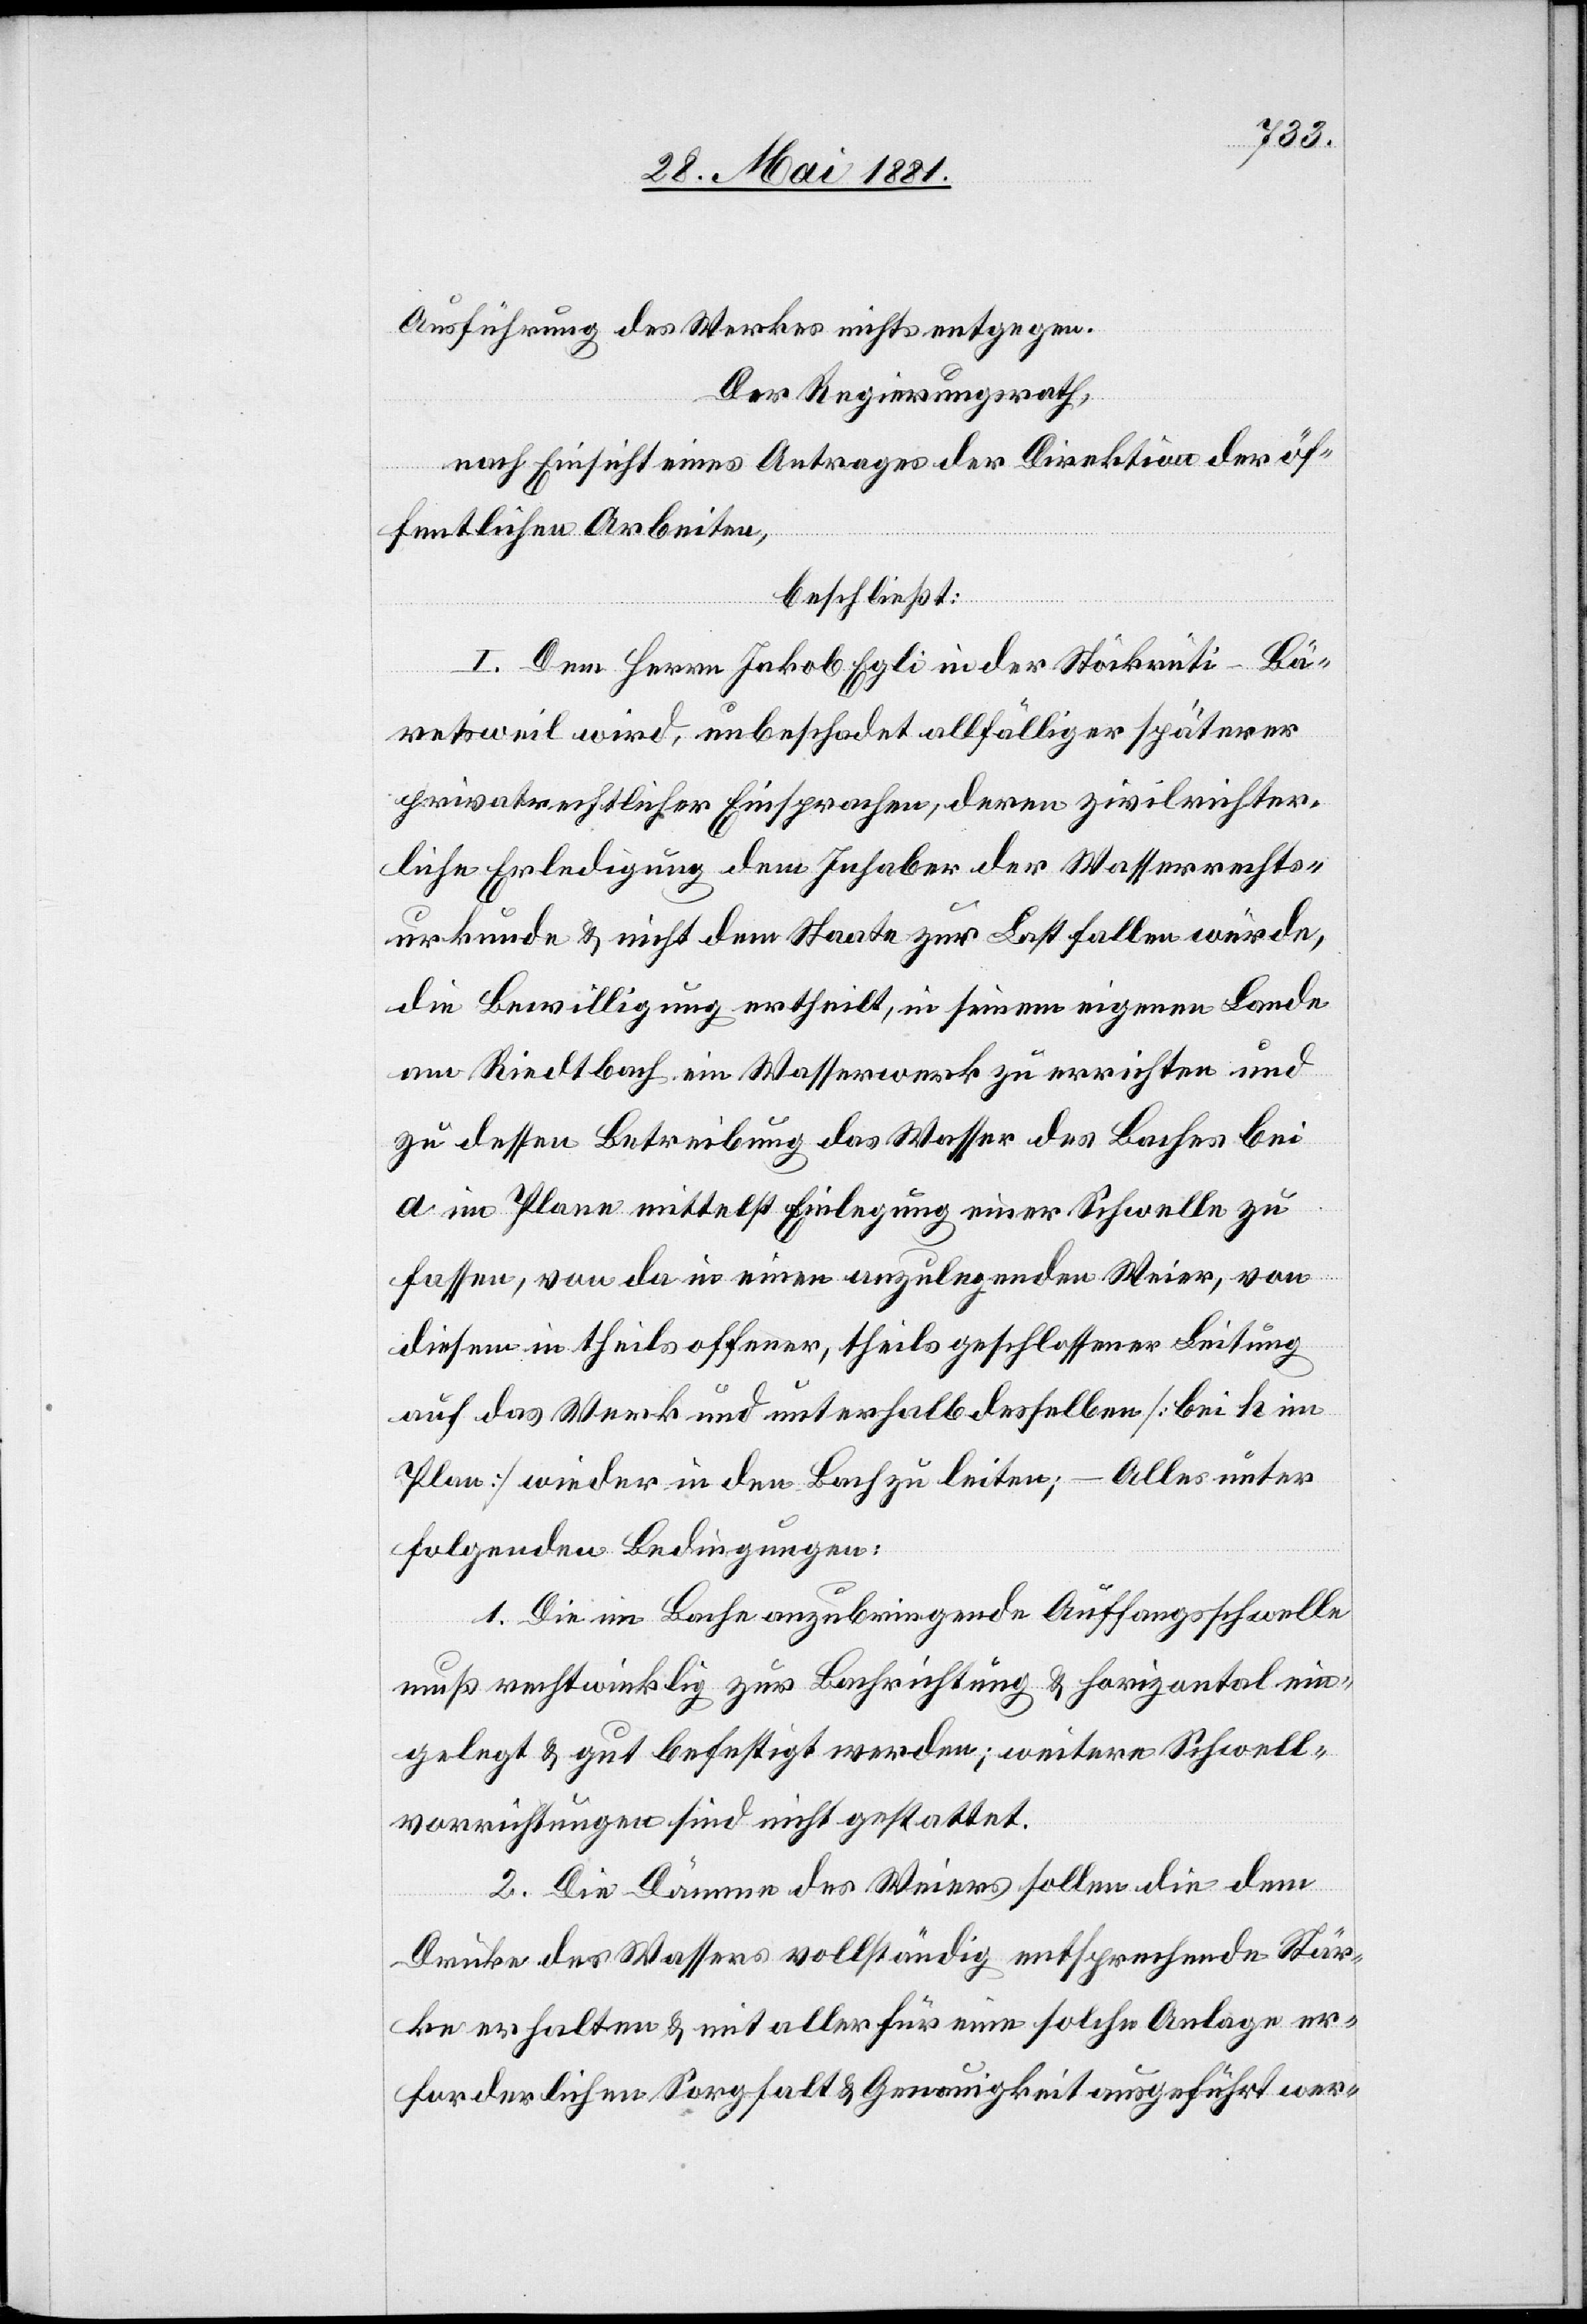
Ausführung des Werkes nichts entgegen.
Der Regierungsrath,
nach Einsicht eines Antrages der Direktion der öf¬
fentlichen Arbeiten,
beschließt:
I. Dem Herren Jakob Egli in der Stöckrüti - Bä¬
retsweil wird, unbeschadet allfälliger späterer
privatrechtlicher Einsprachen, deren zivilrichter¬
liche Erledigung dem Inhaber der Wasserrechts¬
urkunde & nicht dem Staate zur Last fallen würde,
die Bewilligung ertheilt, in seinem eigenen Lande
am Riedtbach ein Wasserwerk zu errichten und
zu dessen Betreibung das Wasser des Baches bei
a im Plane mittelst Einlegung einer Schwelle zu
fassen, von da in einen anzulegenden Weier, von
diesem in theils offener, theils geschlossener Leitung
auf das Werk und unterhalb desselben [bei k im
Plan] wieder in den Bach zu leiten; – Alles unter
folgender Bedingungen:
1. Die im Bache anzubringende Auffangschwelle
muß rechtwinklig zur Bachrichtung & horizontal ein¬
gelegt & gut befestigt werden; weitere Schwell¬
vorrichtungen sind nicht gestattet.
2. Die Dämme des Weiers sollen die dem
Drucke des Wassers vollständig entsprechende Stär¬
ke erhalten & mit aller für eine solche Anlage er¬
forderlichen Sorgfalt & Genauigkeit ausgeführt wer-